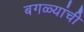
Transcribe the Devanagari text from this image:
बगळ्यांची